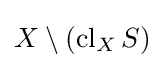
X\setminus \left(\operatorname {cl} _{X}S\right)